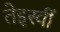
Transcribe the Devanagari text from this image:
तेइस्वीं